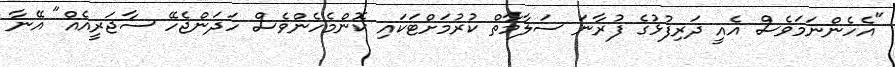
"އެހެންނަމަވެސް އެއީ ދަރިފުޅުގެ ފުރާނަ ސަލާމާތް ކުރުމަށްޓަކައި ކޮންމެހެންވެސް ހަދަންޖެހޭ ސާޖަރީއެއް" އޭނާ